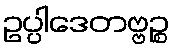
ဥပ္ပါဒေတဗ္ဗဉ္စ